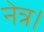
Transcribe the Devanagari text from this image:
नेत्र।